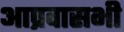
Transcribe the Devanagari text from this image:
आप्रवासभी